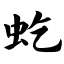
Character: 虼